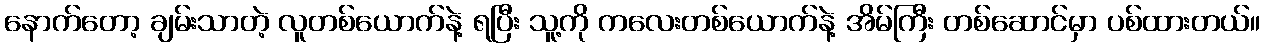
နောက်တော့ ချမ်းသာတဲ့ လူတစ်ယောက်နဲ့ ရပြီး သူ့ကို ကလေးတစ်ယောက်နဲ့ အိမ်ကြီး တစ်ဆောင်မှာ ပစ်ထားတယ်။